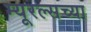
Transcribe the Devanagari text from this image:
म्यूरल्सच्या